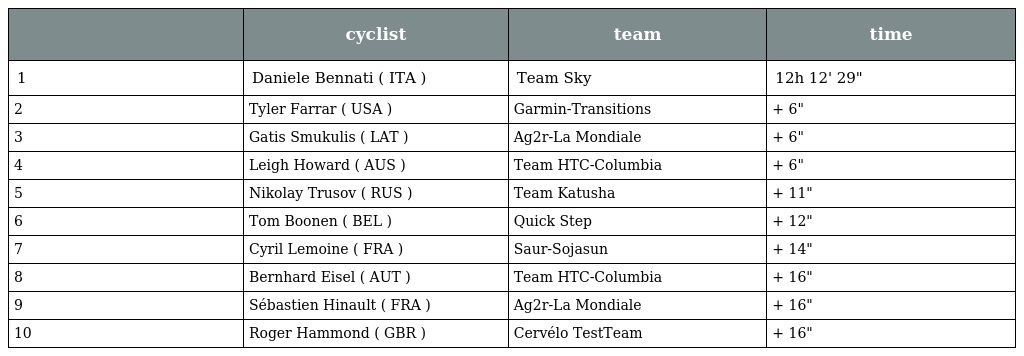
|  | cyclist | team | time |
 | --- | --- | --- | --- |
 | 1 | Daniele Bennati ( ITA ) | Team Sky | 12h 12' 29" |
 | 2 | Tyler Farrar ( USA ) | Garmin-Transitions | + 6" |
 | 3 | Gatis Smukulis ( LAT ) | Ag2r-La Mondiale | + 6" |
 | 4 | Leigh Howard ( AUS ) | Team HTC-Columbia | + 6" |
 | 5 | Nikolay Trusov ( RUS ) | Team Katusha | + 11" |
 | 6 | Tom Boonen ( BEL ) | Quick Step | + 12" |
 | 7 | Cyril Lemoine ( FRA ) | Saur-Sojasun | + 14" |
 | 8 | Bernhard Eisel ( AUT ) | Team HTC-Columbia | + 16" |
 | 9 | Sébastien Hinault ( FRA ) | Ag2r-La Mondiale | + 16" |
 | 10 | Roger Hammond ( GBR ) | Cervélo TestTeam | + 16" |